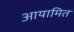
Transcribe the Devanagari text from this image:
आयामित